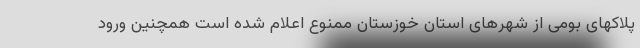
پلاکهای بومی از شهرهای استان خوزستان ممنوع اعلام شده است همچنین ورود